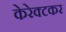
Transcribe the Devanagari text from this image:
केरेक्टकर